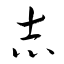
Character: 志